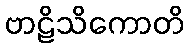
ဗာဠိသိကောတိ